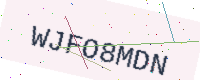
Text: WJFO8MDN